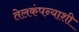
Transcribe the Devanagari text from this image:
तेलकंपन्याशी